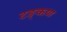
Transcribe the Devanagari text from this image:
टङ्कण